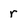
Character: r